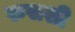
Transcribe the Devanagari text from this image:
रुसशी